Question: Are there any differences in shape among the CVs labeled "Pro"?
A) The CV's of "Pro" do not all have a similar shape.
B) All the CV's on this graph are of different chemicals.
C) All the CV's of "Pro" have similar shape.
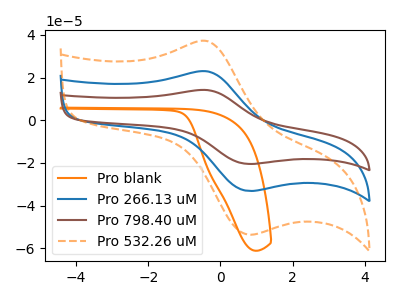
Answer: <think>The orange curve "Pro blank" has no peaks. The blue curve "Pro 266.13 uM" has an anodic peak at (-0.35V, 22.95uA) and a cathodic peak at (0.85V, -33.10uA). The brown curve "Pro 798.40 uM" has an anodic peak at (-0.35V, 45.90uA) and a cathodic peak at (0.85V, -66.20uA). The orange dashed curve "Pro 532.26 uM" has an anodic peak at (-0.35V, 37.10uA) and a cathodic peak at (0.85V, -53.55uA).
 "Pro blank" and "Pro 266.13 uM" have a different number of peaks. "Pro blank" and "Pro 798.40 uM" have a different number of peaks. "Pro blank" and "Pro 532.26 uM" have a different number of peaks. All the peaks in "Pro 266.13 uM" have a peak in "Pro 798.40 uM" at the same potential. Every peak in "Pro 266.13 uM" is lower than every peak in "Pro 798.40 uM". All the peaks in "Pro 266.13 uM" have a peak in "Pro 532.26 uM" at the same potential. Every peak in "Pro 266.13 uM" is lower than every peak in "Pro 532.26 uM". All the peaks in "Pro 798.40 uM" have a peak in "Pro 532.26 uM" at the same potential. Every peak in "Pro 798.40 uM" is higher than every peak in "Pro 532.26 uM".</think>
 <answer>C) All the CV's of "Pro" have similar shape.</answer>
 <eval>C</eval>